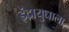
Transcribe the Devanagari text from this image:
इंद्रायुधाला